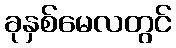
ခုနှစ်မေလတွင်